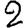
Digit: 2